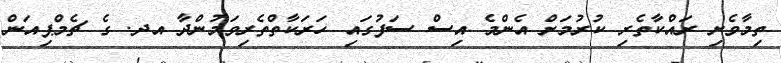
ތިމާވެށި ރައްކާތެރި ކުރުމަށް އެންމެ އިސް ސަފުގައި ހަރަކާތްތެރިވަމުންދާ އދ. ގެ ޗެމްޕިއަން